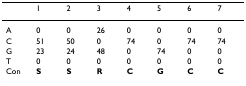
|  | 1 | 2 | 3 | 4 | 5 | 6 | 7 |
 | --- | --- | --- | --- | --- | --- | --- | --- |
 | A | 0 | 0 | 26 | 0 | 0 | 0 | 0 |
 | C | 51 | 50 | 0 | 74 | 0 | 74 | 74 |
 | G | 23 | 24 | 48 | 0 | 74 | 0 | 0 |
 | T | 0 | 0 | 0 | 0 | 0 | 0 | 0 |
 | Con | S | S | R | C | G | C | C |